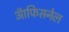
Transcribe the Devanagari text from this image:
ऑफिसनेल